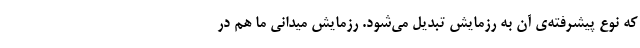
که نوع پیشرفته‌ی آن به رزمایش تبدیل می‌شود. رزمایش میدانی ما هم در